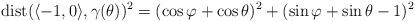
LaTeX: \begin{align*}\textrm{dist}(\langle-1,0\rangle,\gamma(\theta))^2=(\cos\varphi+\cos\theta)^2+(\sin\varphi+\sin\theta-1)^2\end{align*}